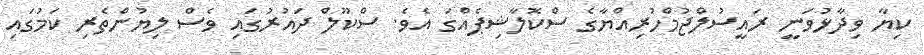
ކިޔާ ވިދާޅުވަނީ ރައީސުލްޖުމްހުރިއްޔާގެ ސްކޮލާޝިޕެއްގަ އެވެ. ސްކޫލް ދައުރުގައި ވެސް ލިޔުންތެރި ކަމުގައި